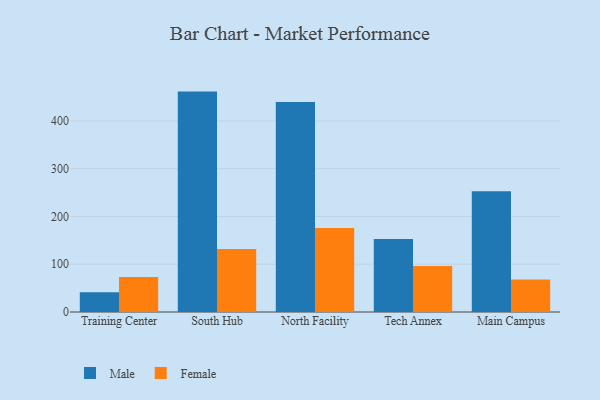
{"axis": {"x": "Campus", "y": "Production Output"}, "legend": ["Female", "Male"], "data": [{"x": "Training Center", "y": 41.1, "type": "Male"}, {"x": "Training Center", "y": 73.4, "type": "Female"}, {"x": "South Hub", "y": 461.2, "type": "Male"}, {"x": "South Hub", "y": 131.6, "type": "Female"}, {"x": "North Facility", "y": 439.4, "type": "Male"}, {"x": "North Facility", "y": 176.0, "type": "Female"}, {"x": "Tech Annex", "y": 152.7, "type": "Male"}, {"x": "Tech Annex", "y": 96.5, "type": "Female"}, {"x": "Main Campus", "y": 252.8, "type": "Male"}, {"x": "Main Campus", "y": 68.0, "type": "Female"}]}